Scottish Leaving Certificate Examination, 1952
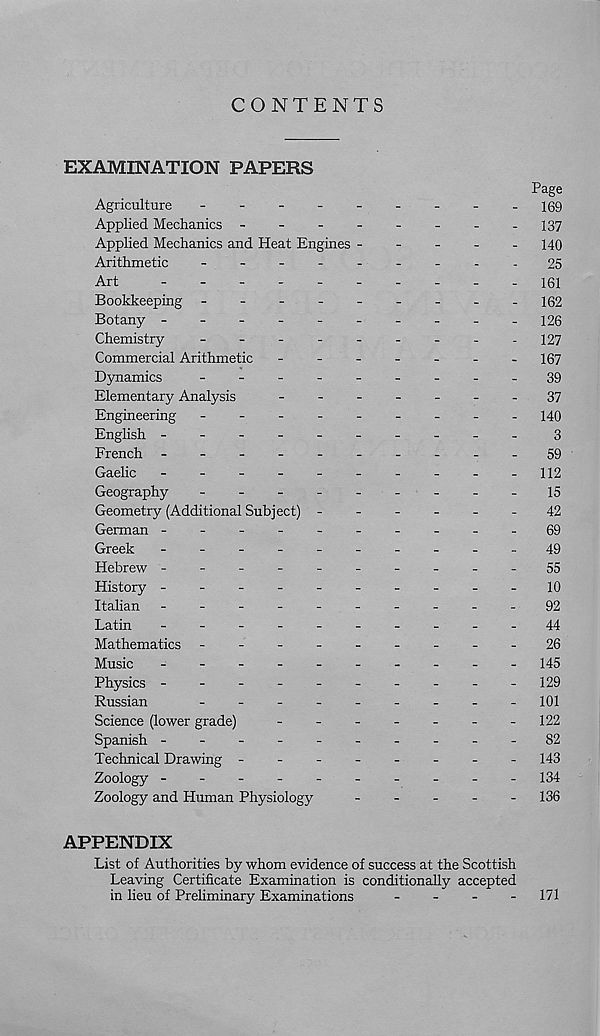
CONTENTS
EXAMINATION PAPERS
Page
Agriculture
-
-
-
-
-
-
-
-
-169
Applied Mechanics -
-
137
Applied Mechanics and Heat Engines ----- 140
Arithmetic
25
Art
lei
Bookkeeping
-
-
-
- 162
Botany ---------
- 126
Chemistry
-
--
--
--
-- 127
Commercial Arithmetic
-
-
-
-
-
-
-167
Dynamics
---.39
Elementary Analysis
-
--
--
--37
Engineering -
--
--
--
-- 140
English ---------
-
3
French -
--
--
--
--
-59
Gaelic
-
-
-
-
-
-
-
-
-
-112
Geography
-_15
Geometry (Additional Subject) ------
42
German ----------69
Greek
-
--
--
--
--
-49
Hebrew ----------55
History ----------10
Italian -
--
--
--
--
-
92
Latin
-
--
--
--
--
-44
Mathematics -
--
--
--
--26
Music
-
--
--
--
--
-145
Physics ---------
- 129
Russian
101
Science (lower grade)
-
-122
Spanish ----------82
Technical Drawing -
--
--
--
- 143
Zoology ----------134
Zoology and Human Physiology
----- 136
APPENDIX
List of Authorities by whom evidence of success at the Scottish
Leaving Certificate Examination is conditionally accepted
in lieu of Prehminary Examinations
-
-
-
- 171